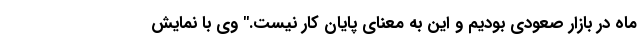
ماه در بازار صعودی بودیم و این به معنای پایان کار نیست." وی با نمایش